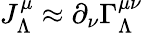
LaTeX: J_{\Lambda}^{\mu}\approx\partial_{\nu}\Gamma_{\Lambda}^{\mu\nu}